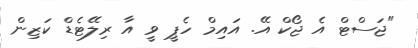
"ޖަސްޓް އެ ޖޯކް އޭ. އައިމް ހެޕީ ވީ އާ ރިލޭޓެޑް ކަޒިން